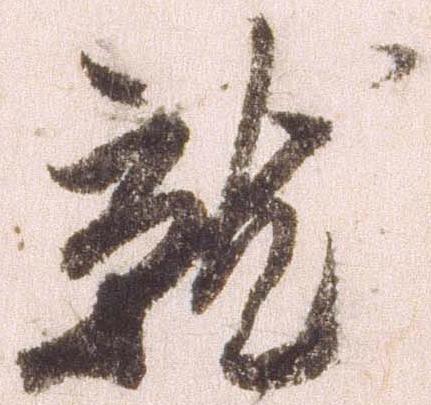
就